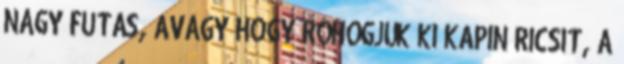
NAGY FUTÁS, AVAGY HOGY RÖHÖGJÜK KI KAPIN RICSIT, A